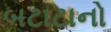
બટાટાનો